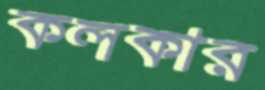
কলকার